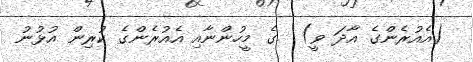
(އެއުރެންގެ އާދަ ވީ)  ގެ މީހުންނާއި އެއުރެންގެ ކުރިން އުޅުނު